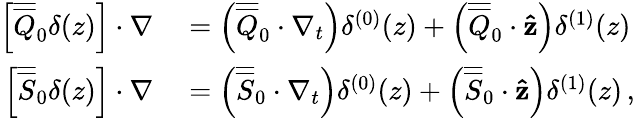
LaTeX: \begin{array}{rl}{\left[\overline{{\overline{{Q}}}}_{0}\delta(z)\right]\cdot\nabla}&{{}=\left(\overline{{\overline{{Q}}}}_{0}\cdot\nabla_{t}\right)\delta^{(0)}(z)+\left(\overline{{\overline{{Q}}}}_{0}\cdot\mathbf{\hat{z}}\right)\delta^{(1)}(z)}\\ {\left[\overline{{\overline{{S}}}}_{0}\delta(z)\right]\cdot\nabla}&{{}=\left(\overline{{\overline{{S}}}}_{0}\cdot\nabla_{t}\right)\delta^{(0)}(z)+\left(\overline{{\overline{{S}}}}_{0}\cdot\mathbf{\hat{z}}\right)\delta^{(1)}(z)\, ,}\end{array}